Insane asylums Bombay 1873-77 - 1873-1877
Year: 1873
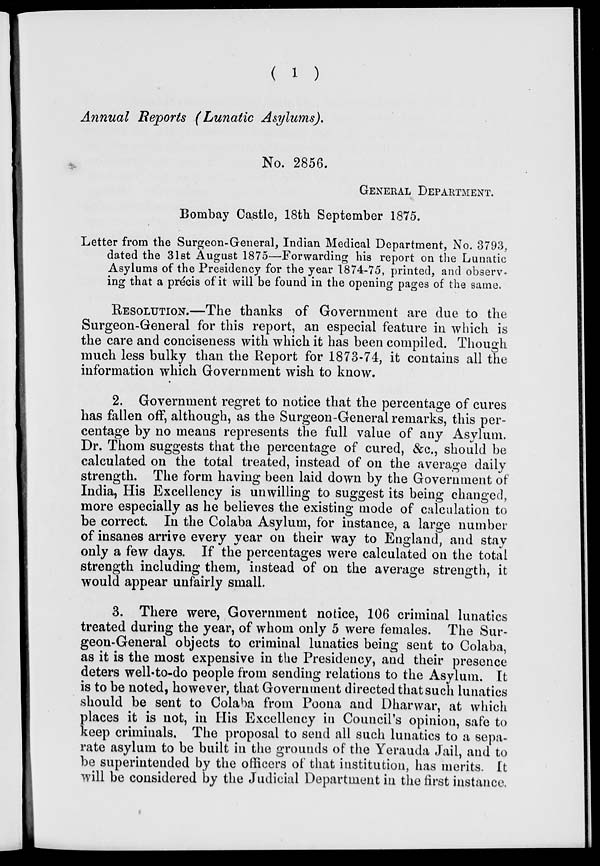
( 1 )
Annual Reports (Lunatic
Asylums).
No. 2856.
GENERAL DEPARTMENT.
Bombay Castle, 18th September 1875.
Letter from the Surgeon-General, Indian Medical Department, No. 3793,
dated the 31st August 1875—Forwarding his report on the Lunatic
Asylums of the Presidency for the year 1874-75, printed, and observ-
ing that a précis of it will be found in the opening pages of the same.
RESOLUTION.—The thanks of Government are due to the
Surgeon-General for this report, an especial feature in which is
the care and conciseness with which it has been compiled. Though
much less bulky than the Report for 1873-74, it contains all the
information which Government wish to know.
2. Government regret to notice that the percentage of cures
has fallen off, although, as the Surgeon-General remarks, this per-
centage by no means represents the full value of any Asylum.
Dr. Thom suggests that the percentage of cured, &c., should be
calculated on the total treated, instead of on the average daily
strength. The form having been laid down by the Government of
India, His Excellency is unwilling to suggest its being changed,
more especially as he believes the existing mode of calculation to
be correct. In the Colaba Asylum, for instance, a large number
of insanes arrive every year on their way to England, and stay
only a few days. If the percentages were calculated on the total
strength including them, instead of on the average strength, it
would appear unfairly small.
3. There were, Government notice, 106 criminal lunatics
treated during the year, of whom only 5 were females. The Sur-
geon-General objects to criminal lunatics being sent to Colaba,
as it is the most expensive in the Presidency, and their presence
deters well-to-do people from sending relations to the Asylum. It
is to be noted, however, that Government directed that such lunatics
should be sent to Colaba from Poona and Dharwar, at which
places it is not, in His Excellency in Council's opinion, safe to
keep criminals. The proposal to send all such lunatics to a sepa-
rate asylum to be built in the grounds of the Yerauda Jail, and to
be superintended by the officers of that institution, has merits. It
will be considered by the Judicial Department in the first instance.